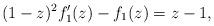
LaTeX: \begin{align*}(1-z)^2 f_1'(z) - f_1(z) = z-1,\end{align*}